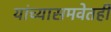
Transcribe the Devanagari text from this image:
यांच्यासमवेतही